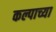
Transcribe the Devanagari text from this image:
कल्पाच्या